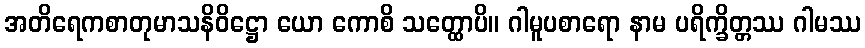
အတိရေကစာတုမာသနိဝိဋ္ဌော ယော ကောစိ သတ္ထောပိ။ ဂါမူပစာရော နာမ ပရိက္ခိတ္တဿ ဂါမဿ